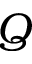
Q